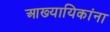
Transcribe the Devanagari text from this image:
आख्यायिकांना